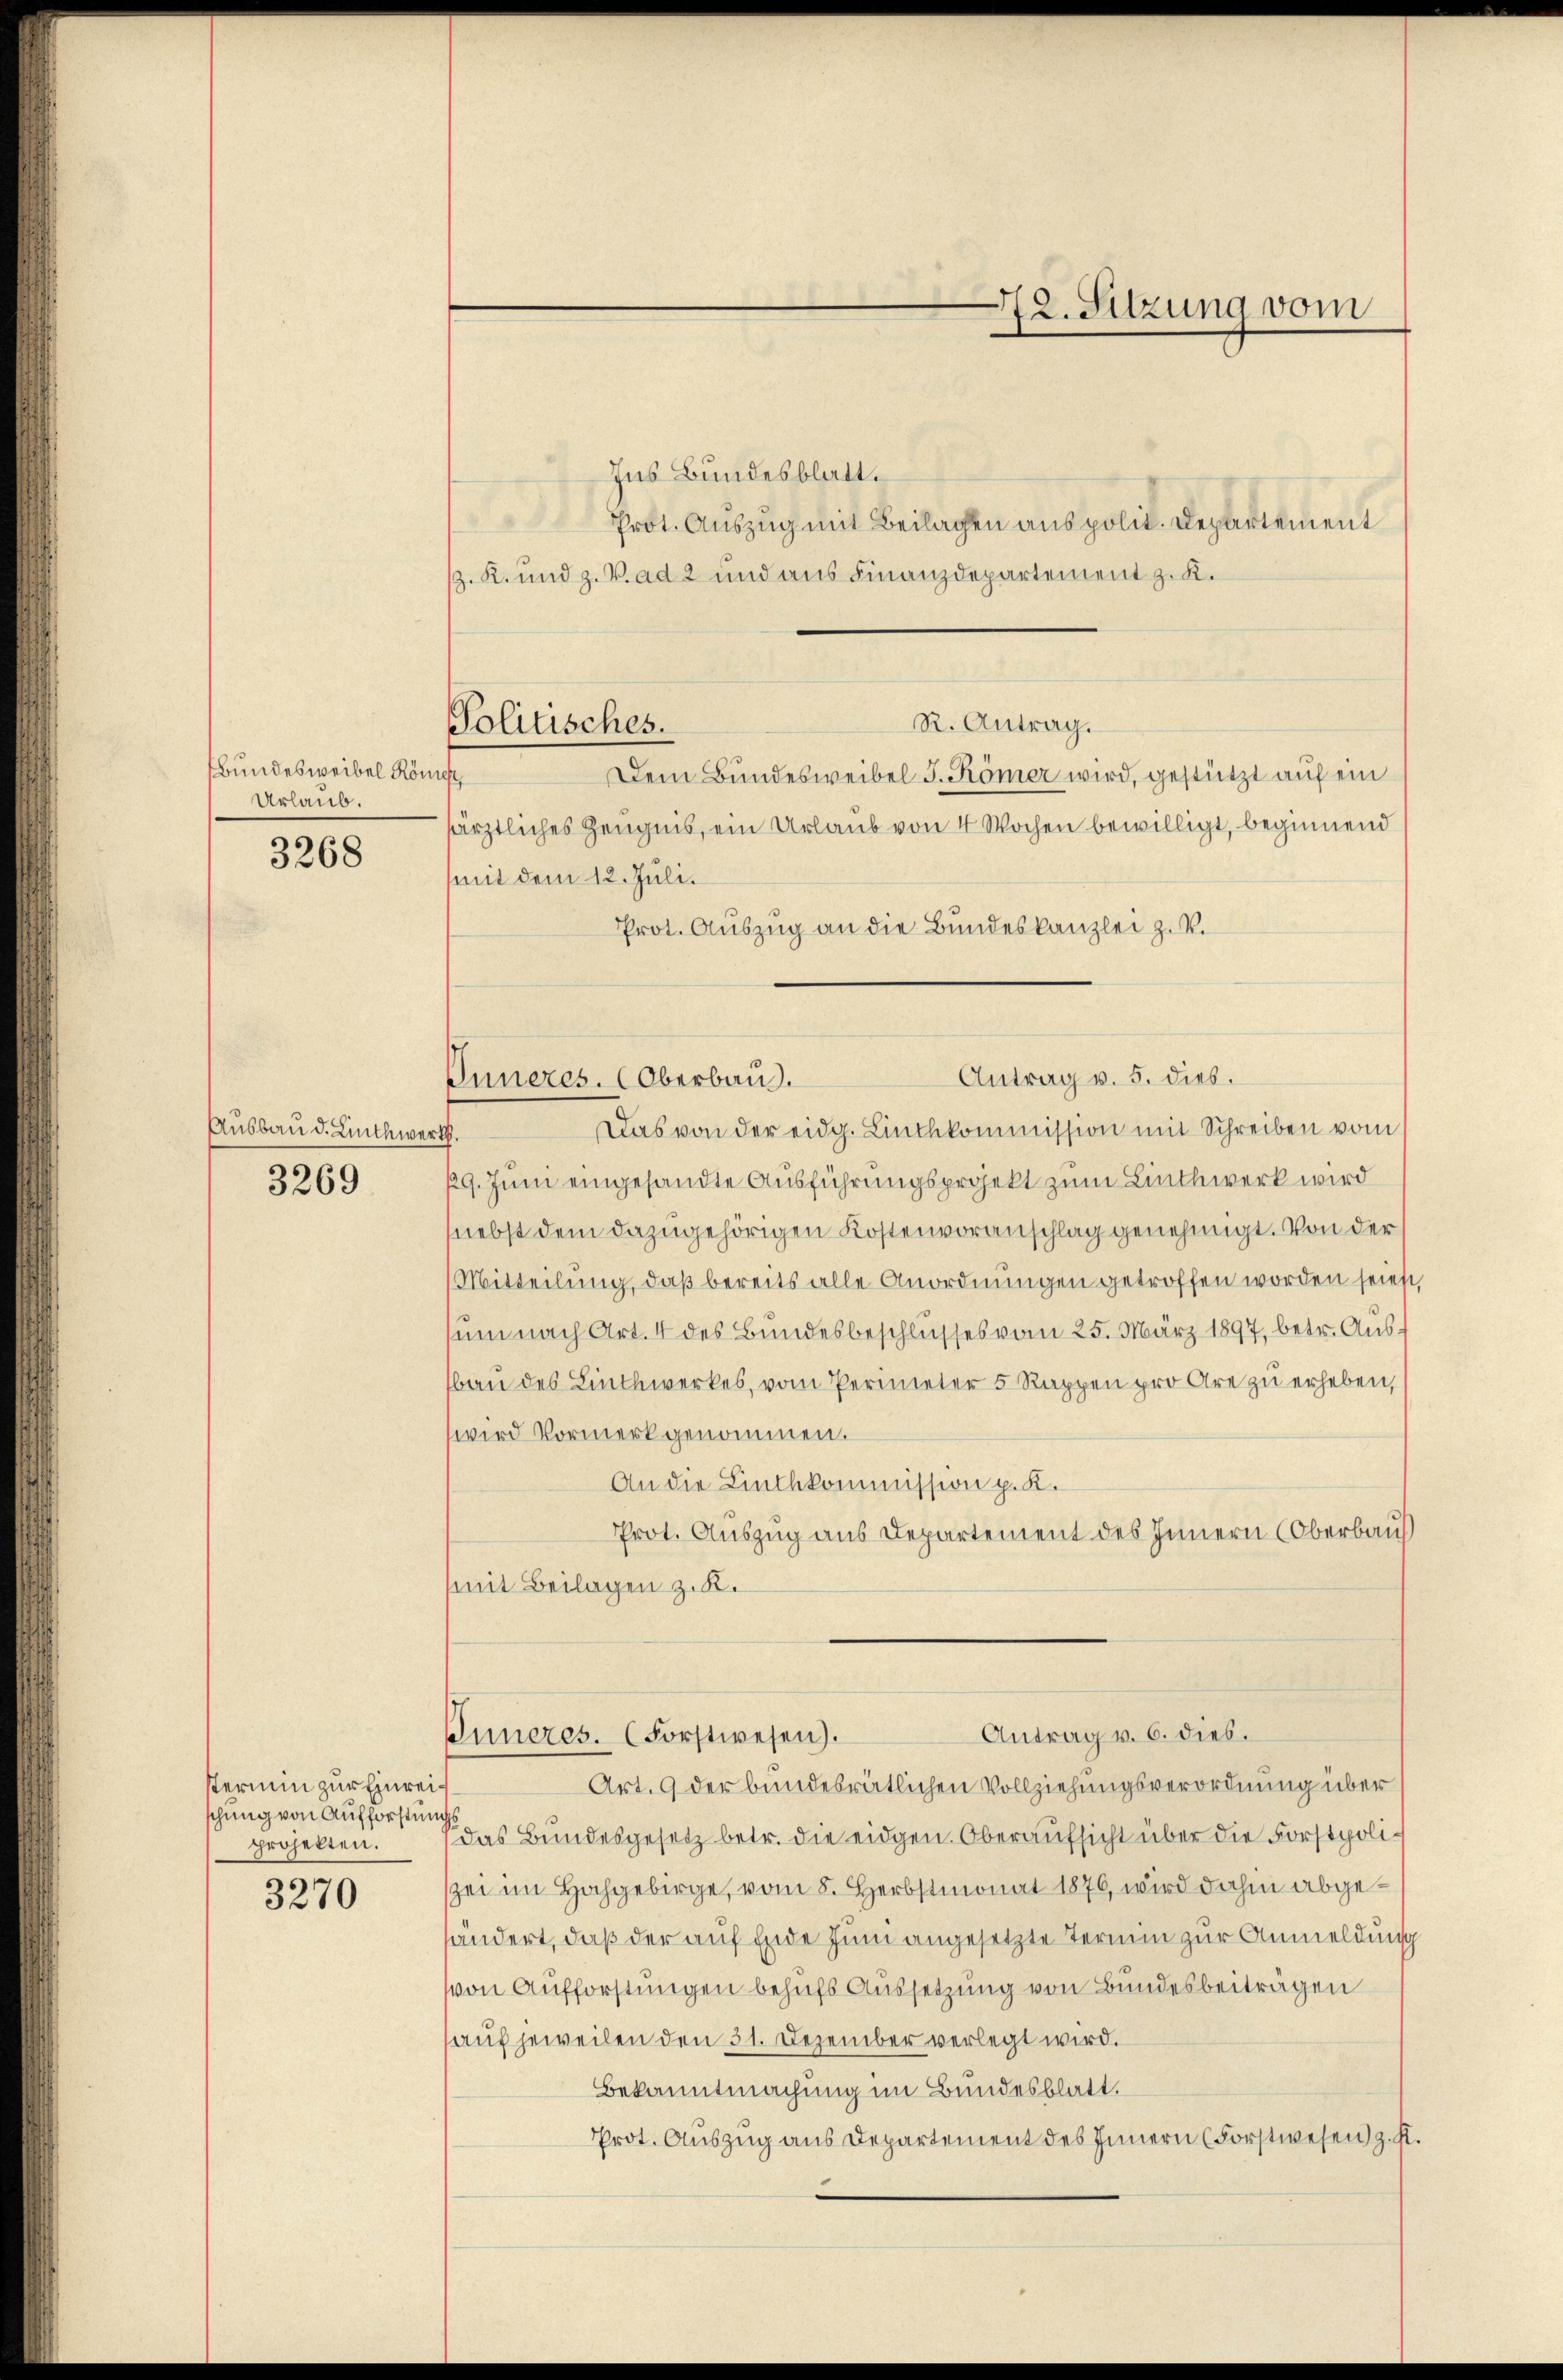
Bundesweibel König
Urlaub.

3268

Ausbau d. Linthwei

3269

stermin zur Einreischung von Aufforstungs
projekten.

3270

Politisches.

Ins Bundesblatt.
Prot. Auszug mit Beilagen aus polit. Departement
. K. und z. V. ad 2 und aus Finanzdepartement z. K.
R. Antrag.
Dem Bundesweibel F. Römer wird, gestützt auf ein
särztliches Zeugnis, ein Urlaub von 4 Wochen bewilligt, beginnend
mit dem 12. Juli.
Prot. Auszug an die Bundeskanzlei z. B.
Das von der eidg. Linthkommission mit Schreiben vom
.
129. Juni eingesandte Ausführungsprojekt zum Linthwerk wird
(nebst dem dazugehörigen Kostenvoranschlag genehmigt. Von der
Mitteilung, daß bereits alle Anordnungen getroffen worden seiest,
sum nach Art. 4 des Bundesbeschlusses vom 25. März 1897, betr. Ausban des Linthwerkes, vom Perimeter 5 Rappen pro Are zu erheben,
wird Vormerk genommen.
An die Linthkommission p. K.
Prot. Auszug aus Departement des Innern (Oberbaus
mit Beilagen z. K.

Antrag v. 5. dies.
Inneres. (Oberbaus.

72. Sitzung vom

Antrag v. 6. dies.
Inneres. (Forstwesen).

Art. 9 der bundesrätlichen Vollziehungsverordnung über
 das Bundesgesetz betr. die eidgen. Oberaufsicht über die Forstpolizei im Hochgebirge, vom 8. Herbstmonat 1876, wird dahin abgehändert, daß der auf Ende Juni angesetzte Termin zur Anmeldung
von Aufforstungen behufs Aussetzung von Bundesbeiträgen
auf jeweilen den 31. Dezember verlegt wird.
Bekanntmachung im Bundesblatt.
Prot. Auszug aus Departement des Innern (Forstwesen z. K.